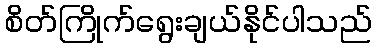
စိတ်ကြိုက်ရွေးချယ်နိုင်ပါသည်